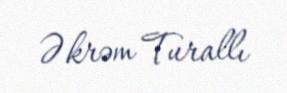
Əkrəm Turallı